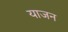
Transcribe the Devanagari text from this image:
याजन